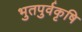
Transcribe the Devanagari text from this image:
भुतपुर्वकृषि